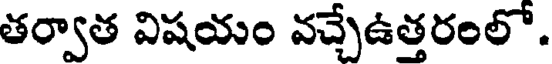
తర్వాత విషయం వచ్చేఉత్తరంలో.